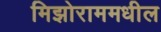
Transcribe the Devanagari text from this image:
मिझोराममधील